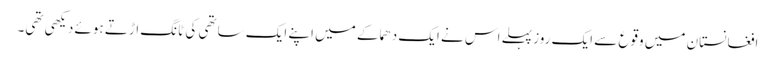
افغانستان میں وقوع سے ایک روز پہلے اس نے ایک دھماکے میں اپنے ایک ساتھی کی ٹانگ اڑتے ہوئے دیکھی تھی۔